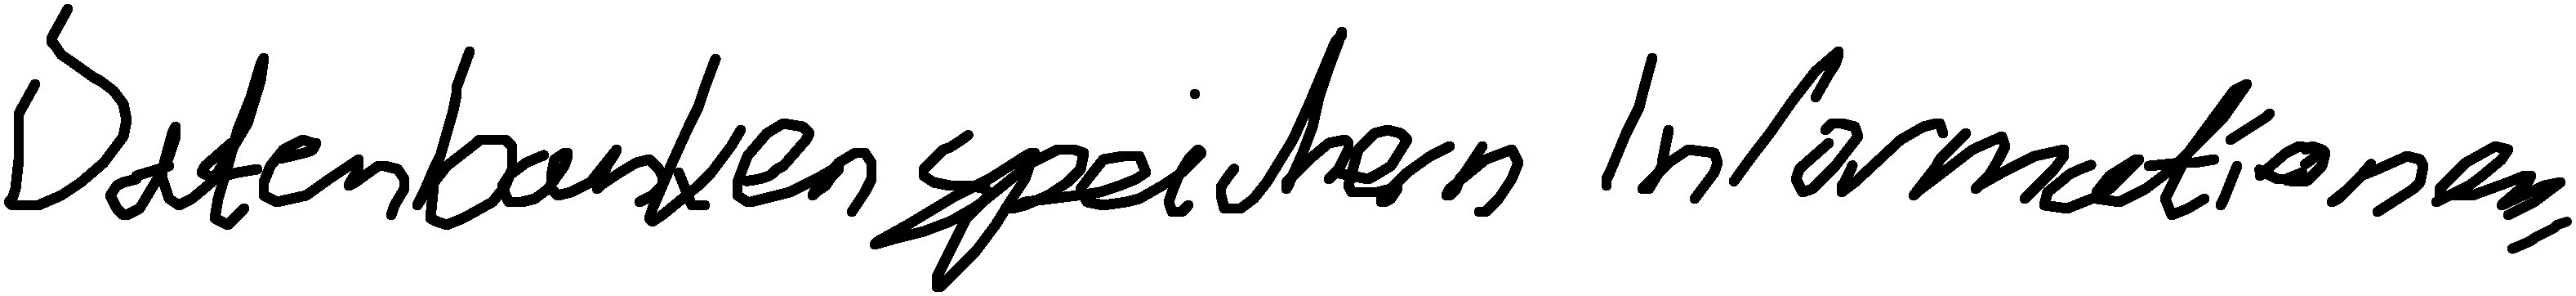
Datenbanken speichern Informationen.